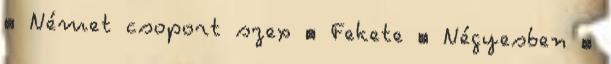
▪ Német csoport szex ▪ Fekete ▪ Négyesben ▪